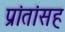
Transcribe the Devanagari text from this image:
प्रांतांसह